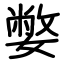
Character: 嫳